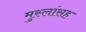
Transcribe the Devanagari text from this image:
मुस्लांसह